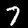
Label: 7